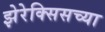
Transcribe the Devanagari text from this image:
झेरेक्सिसच्या